Indian Civil Veterinary Department memoirs
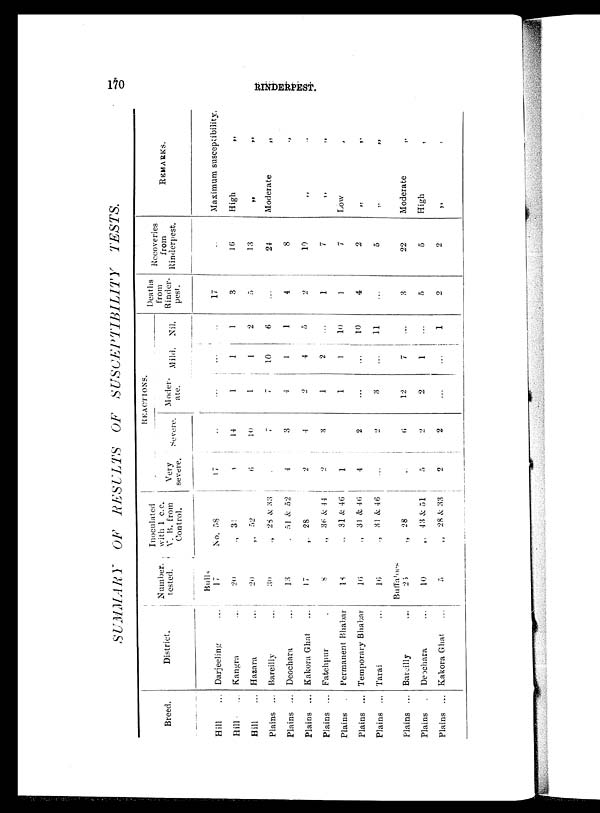
170
RINDERPEST.
SUMMARY
OF RESULTS
OF SUSCEPTIBILITY
TESTS.
Breed.
Hill ...
Hill
...
Hill ...
Plains ...
Plains ...
Plains ...
Plains ...
Plains ...
Plains ...
Plains ...
Plains ...
Plains ...
Plains ...
District.
Darjeeling ...
Kangra ...
Hazara ...
Bareilly ...
Deochara ...
Kakora Ghat ...
Fatehpur ...
Permanent Bhabar
Temporary Bhabar
Tarai ...
Bareilly ...
Deochara ...
Kakora Ghat ...
Number.
tested.
Bulls
17
20
20
30
13
17
8
18
16
16
Buffaloes
25
10
5
Inoculated
with 1 c.c.
V. B. from
Control.
No. 58
„ 31
„ 52
„ 28 & 33
„ 51 & 52
„ 28
„ 35 & 44
„ 31 & 46
„ 31 & 46
„ 31 & 46
„
28
„ 43 & 51
„ 28 & 33
REACTIONS.
Very
severe.
17
3
6
...
4
2
2
1
4
...
...
5
2
Severe.
..
14
10
7
3
4
3
...
2
2
6
2
2
Moder-
ate.
..
1
1
7
4
2
1
1
..
3
12
2
...
Mild.
..
1
|
1
10
1
4
2
1
..
..
7
1
...
Nil.
..
1
2
6
1
5
...
10
10
11
...
...
1
Deaths
from
Rinder-
pest.
17
3
5
..
4
2
1
1
4
..
3
5
2
Recoveries
from
Rinderpest.
..
16
13
24
8
10
7
7
2
5
22
5
2
REMARKS.
Maximum susceptibility.
High
„ „
Moderate
„
„
„ „
„ „
Low
„
„ „
„
Moderate
„
High „
„ „